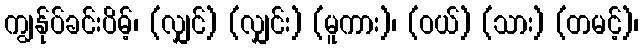
ကျွန်ုပ်ခင်းပိမ့်၊ (လျှင်) (လျှင်း) (မူကား)၊ (ဝယ်) (သား) (တမင့်)၊